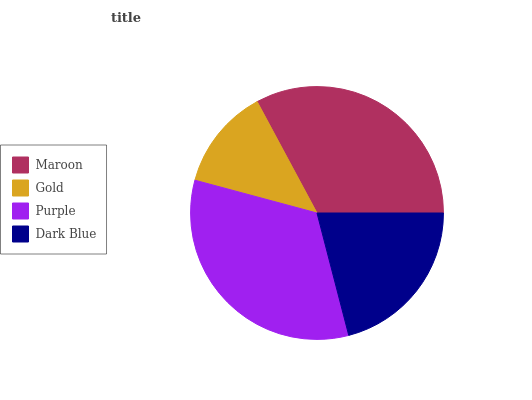
| Maroon | Gold | Purple | Dark Blue |
 | --- | --- | --- | --- |
 | 32.8% | 13% | 33.3% | 21% |